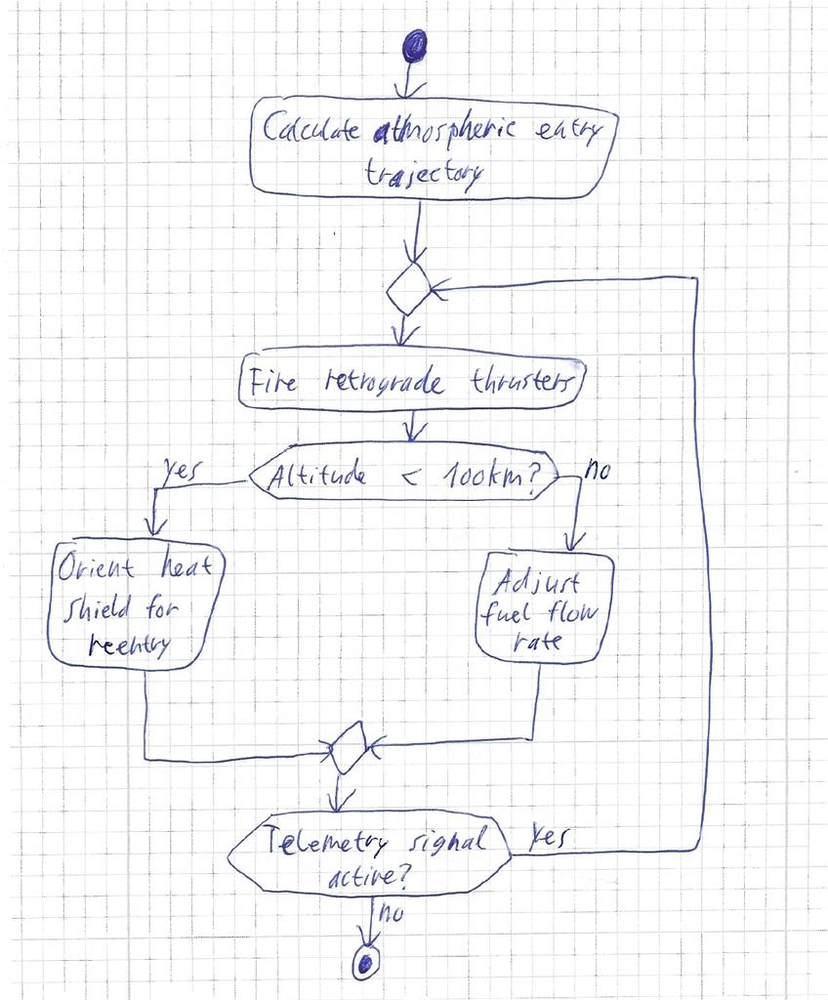
Diagram type: activity_diagram
```plantuml
@startuml

start

:Calculate atmospheric entry trajectory;

repeat
  :Fire retrograde thrusters;

  if (Altitude < 100km?) then (yes)
    :Orient heat shield for reentry;
  else (no)
    :Adjust fuel flow rate;
  endif

repeat while (Telemetry signal active?) is (yes) not (no)

stop

@enduml
```